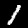
Digit: 1